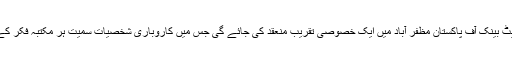
انہوں نے بتایا کہ اس سلسلہ میں سٹیٹ بینک آف پاکستان مظفر آباد میں ایک خصوصی تقریب منعقد کی جائے گی جس میں کاروباری شخصیات سمیت ہر مکتبہ فکر کے سینکڑوں افراد شرکت کریں گے ۔